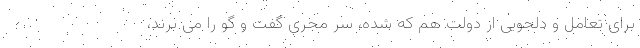
برای تعامل و دلجویی از دولت هم که شده، سر مجری گفت و گو را می بُرند،